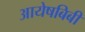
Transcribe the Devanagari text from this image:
आयेषबिबी